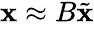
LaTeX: \begin{array}{r}{\mathbf{x}\approx B\tilde{\mathbf{x}}}\end{array}